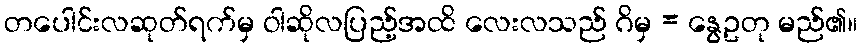
တပေါင်းလဆုတ်ရက်မှ ဝါဆိုလပြည့်အထိ လေးလသည် ဂိမှ = နွေဥတု မည်၏။